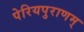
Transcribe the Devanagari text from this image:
पेरियपुराणम्